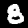
Label: 8